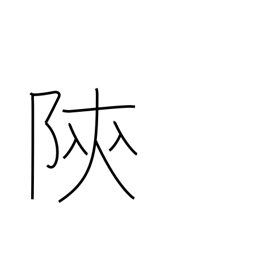
Meaning: place name